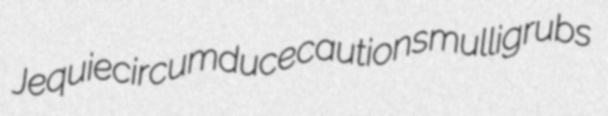
Jequie circumduce cautions mulligrubs